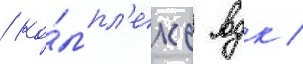
/ ко́мпл'екс вдк /